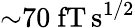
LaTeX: {\sim}70~\mathrm{fT\, s^{1/2}}